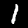
Digit: 1